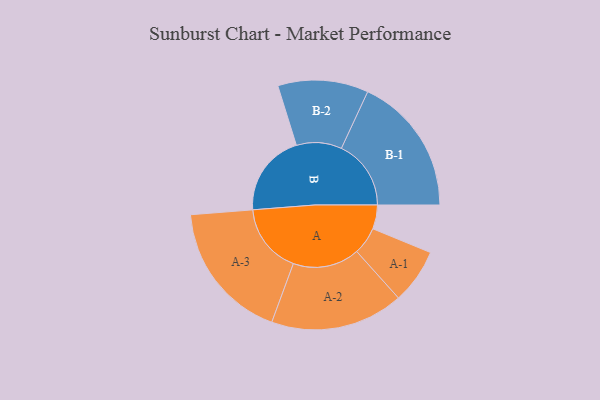
{"axis": {"x": "Segment", "y": "Value"}, "legend": ["", "A", "B"], "data": [{"x": "A", "y": 100, "type": ""}, {"x": "B", "y": 345, "type": ""}, {"x": "A-1", "y": 115, "type": "A"}, {"x": "A-2", "y": 278, "type": "A"}, {"x": "A-3", "y": 292, "type": "A"}, {"x": "B-1", "y": 291, "type": "B"}, {"x": "B-2", "y": 189, "type": "B"}]}